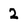
Character: 2